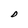
Character: D